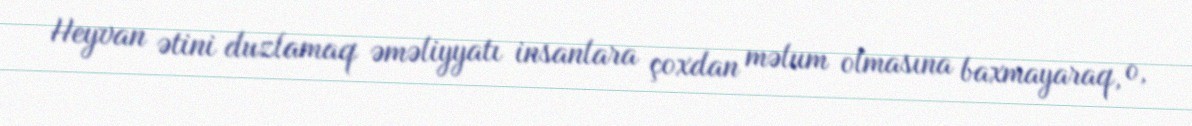
Heyvan ətini duzlamaq əməliyyatı insanlara çoxdan məlum olmasına baxmayaraq, o,